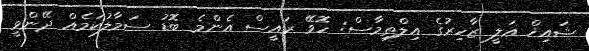
ޝައިޚް ޢަލީ ޒާހިރުގެ އިލްތިމާސް: ހޮވޭ ރައީސް އެންމެ ބޮޑު ސަމާލުކަމެއް ދޭންވީ